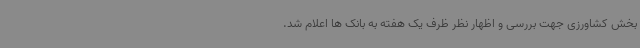
بخش‌ کشاورزی جهت بررسی و اظهار نظر ظرف یک هفته به بانک ها اعلام شد.